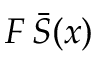
F \, \bar { S } ( x )